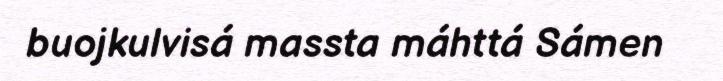
buojkulvisá massta máhttá Sámen